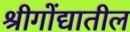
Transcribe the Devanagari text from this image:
श्रीगोंद्यातील